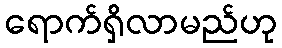
ရောက်ရှိလာမည်ဟု